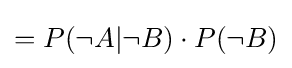
=P(\neg A|\neg B)\cdot P(\neg B)